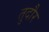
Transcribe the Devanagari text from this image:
तुदौर